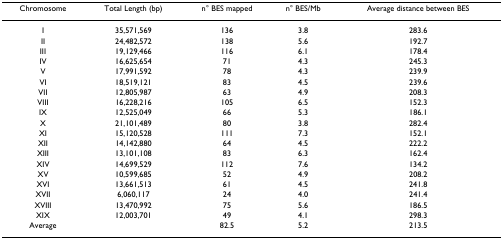
<table><thead><tr><td><b>Chromosome</b></td><td><b>Total Length (bp)</b></td><td><b>n° BES mapped</b></td><td><b>n° BES/Mb</b></td><td><b>Average distance between BES</b></td></tr></thead><tbody><tr><td>I</td><td>35,571,569</td><td>136</td><td>3.8</td><td>283.6</td></tr><tr><td>II</td><td>24,482,572</td><td>138</td><td>5.6</td><td>192.7</td></tr><tr><td>III</td><td>19,129,466</td><td>116</td><td>6.1</td><td>178.4</td></tr><tr><td>IV</td><td>16,625,654</td><td>71</td><td>4.3</td><td>245.3</td></tr><tr><td>V</td><td>17,991,592</td><td>78</td><td>4.3</td><td>239.9</td></tr><tr><td>VI</td><td>18,519,121</td><td>83</td><td>4.5</td><td>239.6</td></tr><tr><td>VII</td><td>12,805,987</td><td>63</td><td>4.9</td><td>208.3</td></tr><tr><td>VIII</td><td>16,228,216</td><td>105</td><td>6.5</td><td>152.3</td></tr><tr><td>IX</td><td>12,525,049</td><td>66</td><td>5.3</td><td>186.1</td></tr><tr><td>X</td><td>21,101,489</td><td>80</td><td>3.8</td><td>282.4</td></tr><tr><td>XI</td><td>15,120,528</td><td>111</td><td>7.3</td><td>152.1</td></tr><tr><td>XII</td><td>14,142,880</td><td>64</td><td>4.5</td><td>222.2</td></tr><tr><td>XIII</td><td>13,101,108</td><td>83</td><td>6.3</td><td>162.4</td></tr><tr><td>XIV</td><td>14,699,529</td><td>112</td><td>7.6</td><td>134.2</td></tr><tr><td>XV</td><td>10,599,685</td><td>52</td><td>4.9</td><td>208.2</td></tr><tr><td>XVI</td><td>13,661,513</td><td>61</td><td>4.5</td><td>241.8</td></tr><tr><td>XVII</td><td>6,060,117</td><td>24</td><td>4.0</td><td>241.4</td></tr><tr><td>XVIII</td><td>13,470,992</td><td>75</td><td>5.6</td><td>186.5</td></tr><tr><td>XIX</td><td>12,003,701</td><td>49</td><td>4.1</td><td>298.3</td></tr><tr><td>Average</td><td></td><td>82.5</td><td>5.2</td><td>213.5</td></tr></tbody></table>